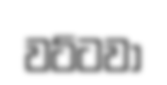
වට්ටවා